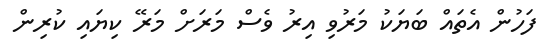
ފަހުން އެތައް ބަޔަކު މަރުވި އިރު ވެސް މަރަށް މަރޭ ކިޔައި ކުރިން